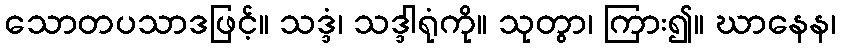
သောတပသာဒဖြင့်။ သဒ္ဒံ၊ သဒ္ဒါရုံကို။ သုတွာ၊ ကြား၍။ ဃာနေန၊